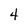
Character: 4